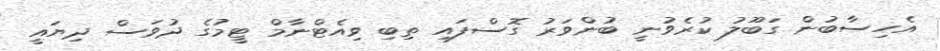
އެހިސާބުން ގަބޫލު ކުރެވުނީ ބުންވަރު ގޮސްފައި ތިބި ވިއެޓްނާމް ޓީމުގެ ދުވަސް ދިޔައީ